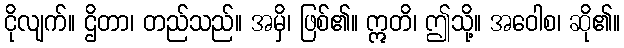
ငိုလျက်။ ဌိတာ၊ တည်သည်။ အမှိ၊ ဖြစ်၏။ ဣတိ၊ ဤသို့။ အဝေါစ၊ ဆို၏။